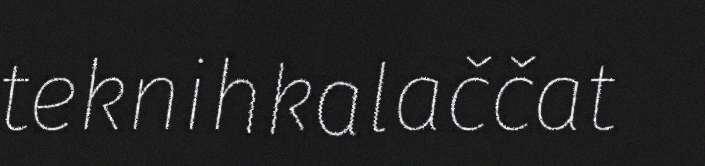
teknihkalaččat